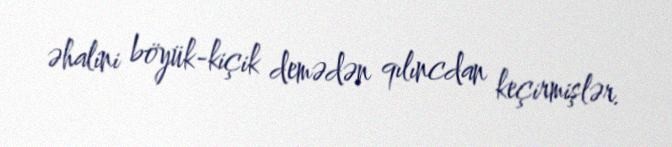
əhalini böyük-kiçik demədən qılıncdan keçirmişlər.